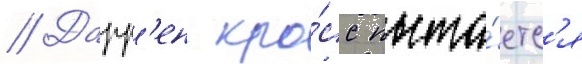
// Дарр'ен кро́сс пыта́етс'я